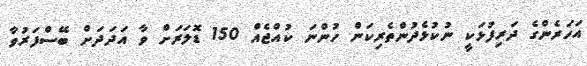
އަހަރެންގެ ދަރިފުޅަކީ ނުކުޅެދުންތެރިކަން ހުންނަ ކުއްޖެއް 150 ޑޮލަރަށް ވާ އަދަދަށް ބޭސްފަރުވާ